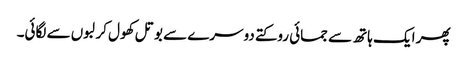
پھر ایک ہاتھ سے جمائی روکتے دوسرے سے بوتل کھول کر لبوں سے لگائی۔